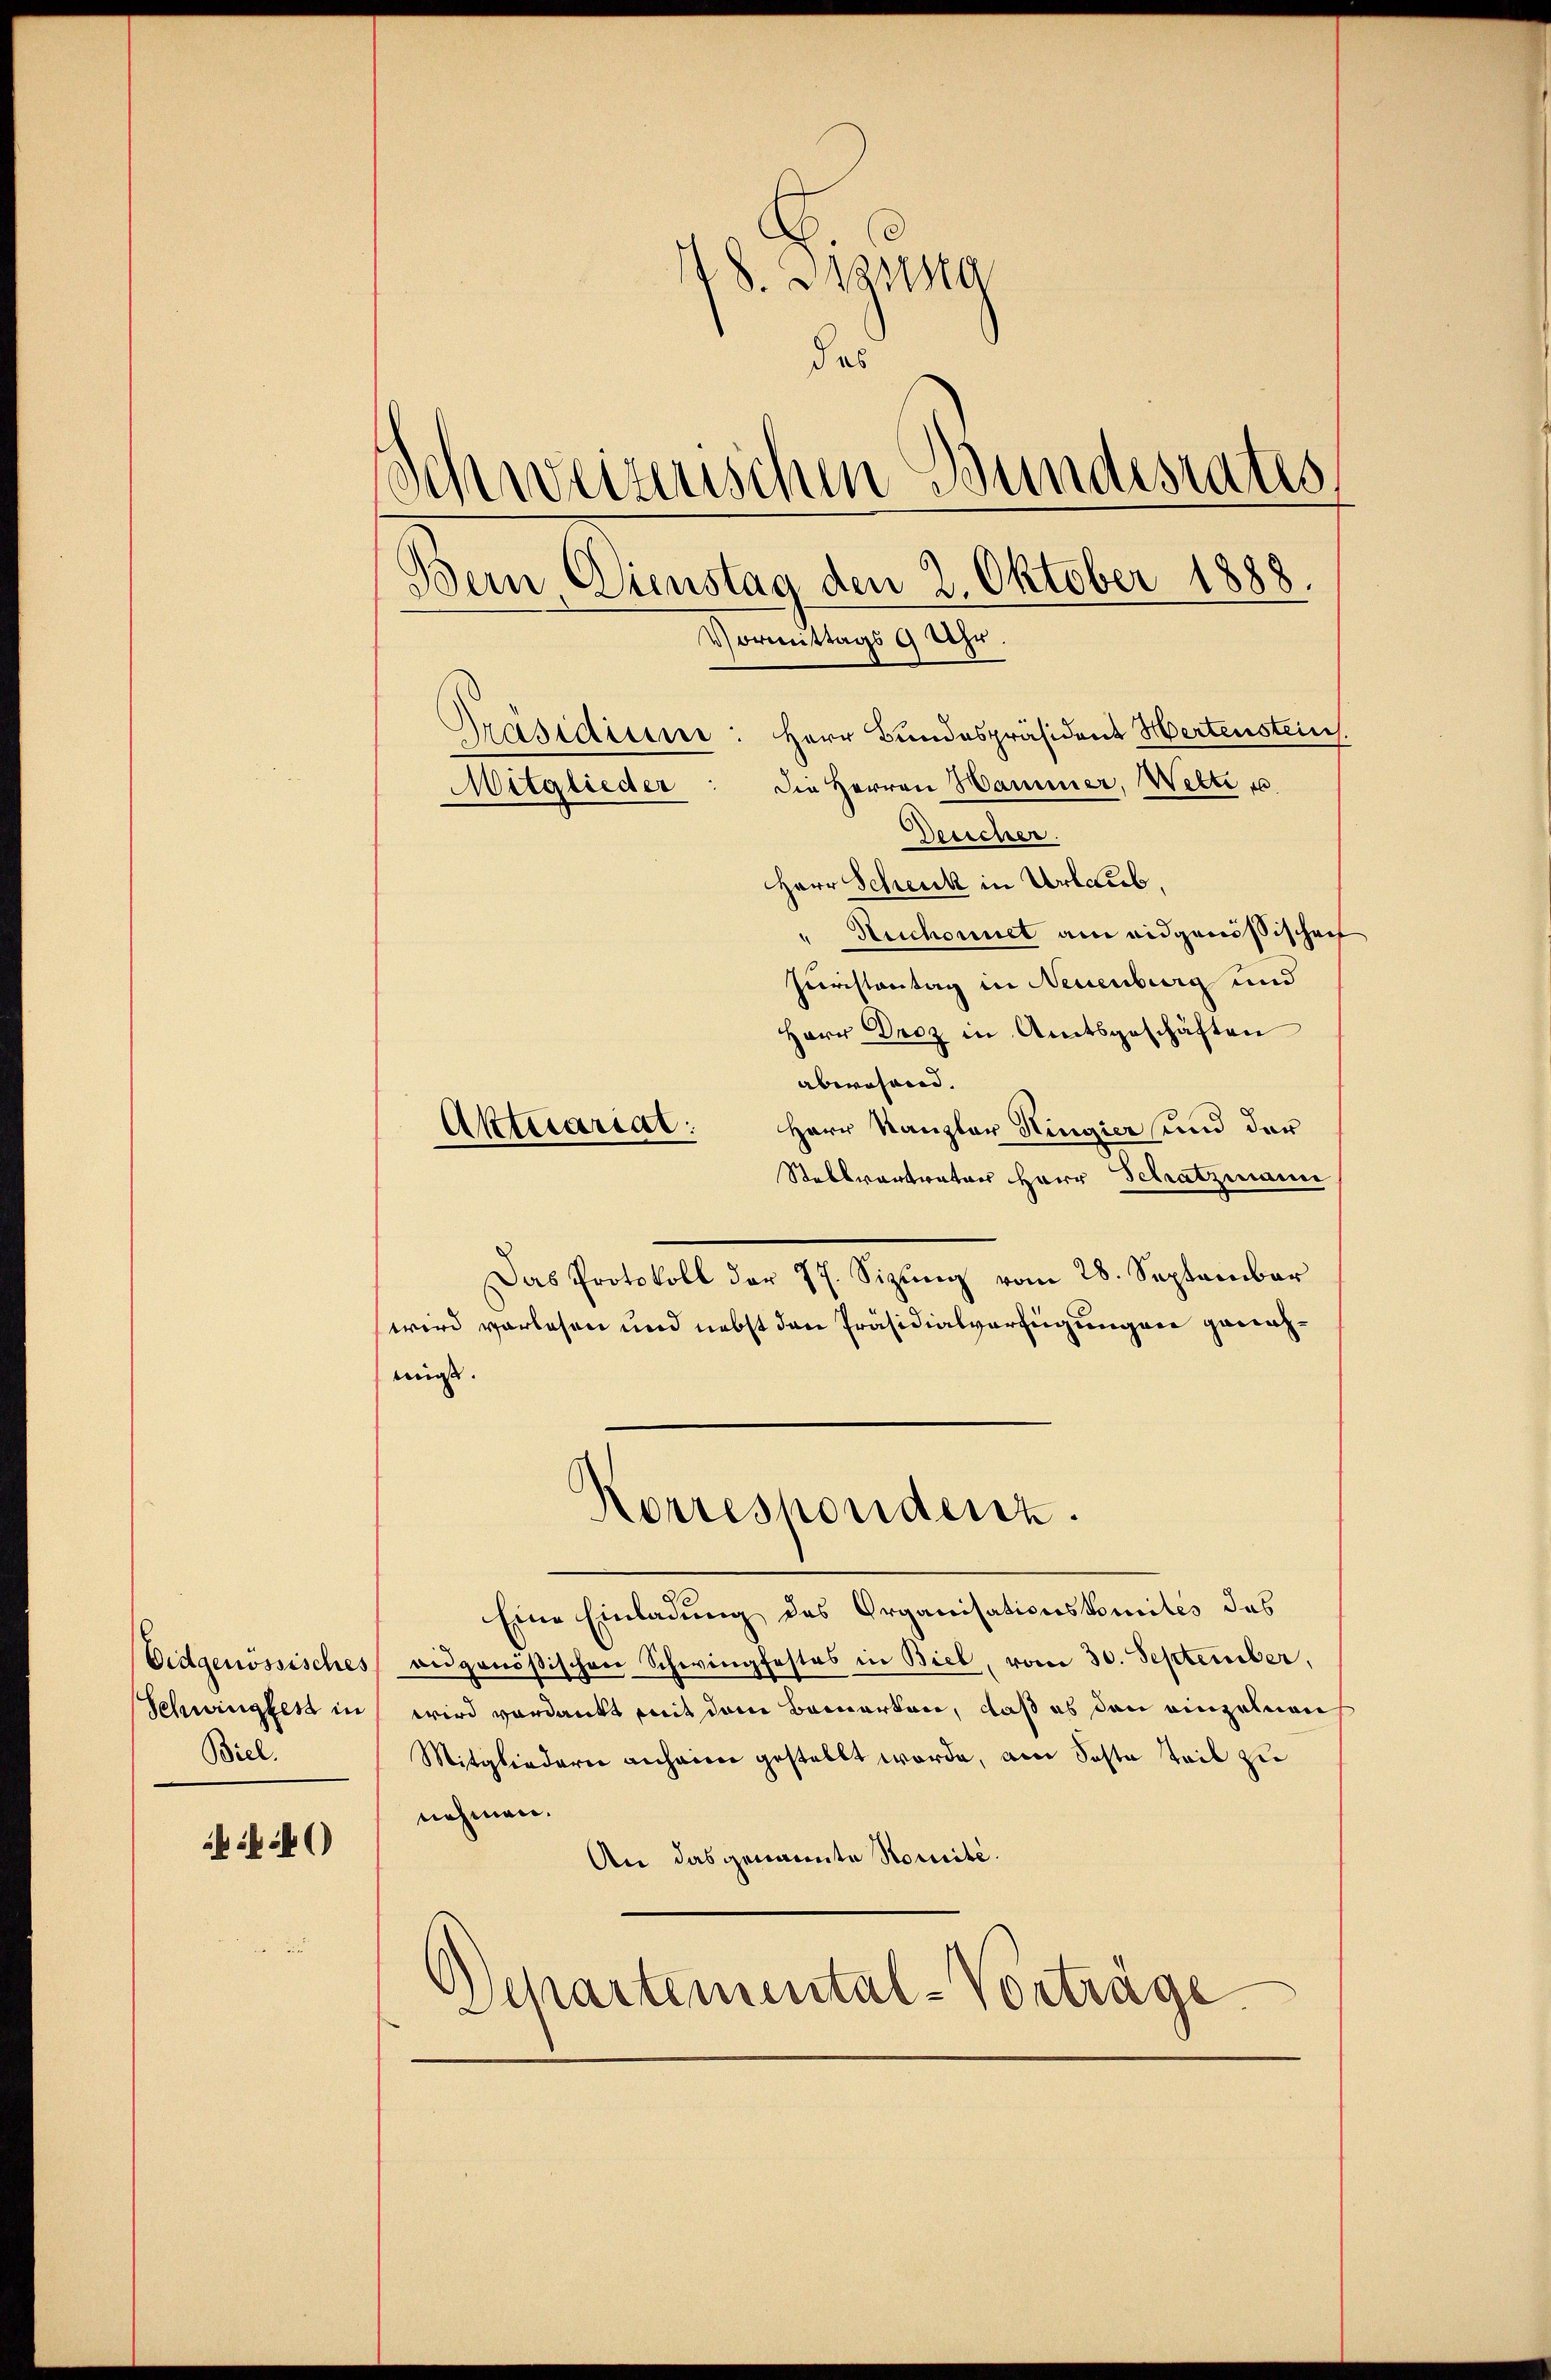
Biel.

18. Masssta
des
Schweizerischen Bundesrates
Bein, Dienstag den 2. Oktober 1888.
Vormittags 9 Uhr.
Präsidium: Herr Bundespräsident Wertenstein.
die Herren Hammer, Welti u.
Mitglieder
Desicher.

Herr Schenk in Urlaub,
" Auchonet am eidgenössischen
Juristontag in Neuenburg und
Herr Droz in Amtsgeschäften
abwesend. |
Herr Kanzler Hingier und der
Stellvertrators Herr Schatzmann
Das Protokoll der 77. Sizung vom 28. September
wird vorlesen und nebst den Präsidialverfügungen genohmis.
Korrespondenz.
Eine Einladung des Organisationskomités des
Eidgenössisches aŭgenößischen Schwingfestes in Biel, vom 30. September,
Schwingler in wird verdankt mit dem Bemerken, daß es den einzelnen
Mitgliedern anheim gestellt werde, am Sosta teil zu
nehmen.
An das genannte Komité.
Schartemental-Vorträge

Aktuariat: